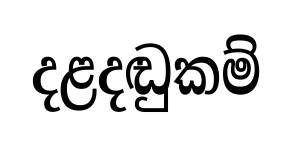
දළදඬුකම්